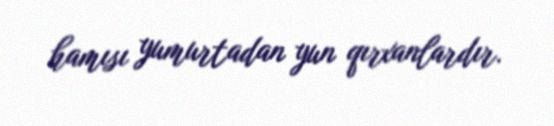
hamısı yumurtadan yun qırxanlardır.